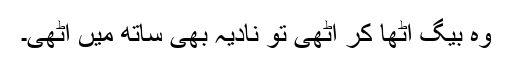
وہ بیگ اٹھا کر اٹھی تو نادیہ بھی ساتھ میں اٹھی۔